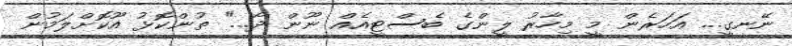
ނޭނގީ... އަހަރެން މީ މިހާރު ލީންގެ ބެސްޓީއެއް ނޫން ދޯ..." ތުންކޮޅު އޫކޮށްލަމުން